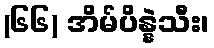
(၆၆) အိမ်ပိန္နဲသီး၊